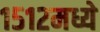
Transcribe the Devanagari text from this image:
१५१२मध्ये